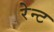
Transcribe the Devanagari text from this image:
रेन्ट